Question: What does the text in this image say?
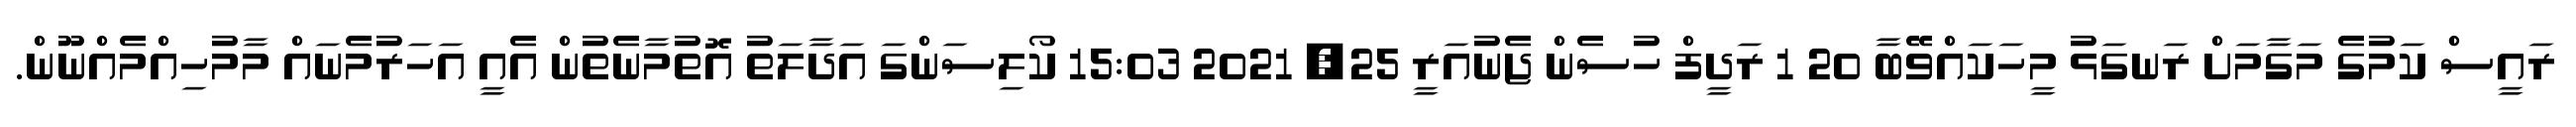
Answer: ރައީސް ކަމުގެ މަގާމަށް ރަނގަޅު މީހަކައްވޭބާ 20 1 ރަދީފް ހުސެން ޖެނުއަރީ 25, 2021 15:03 ކޯލިސަންގަ އަދާލަތު އޮތުމާނެތުން އެއީ އަހަރުމެނައް މާމުހިއްމެއްނޫން.